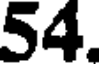
54.